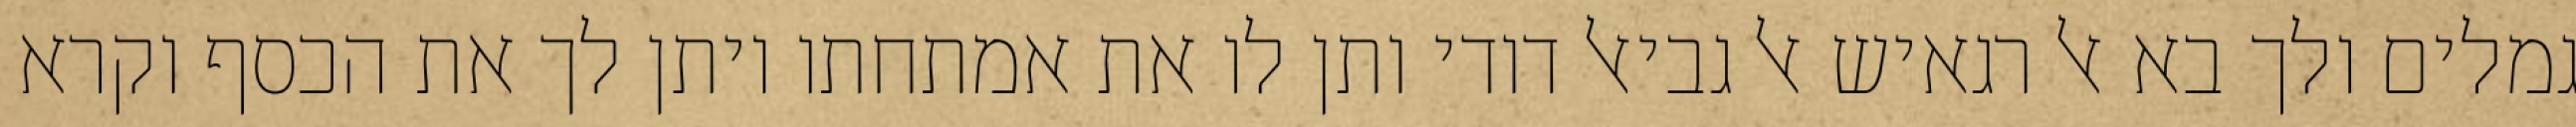
גמלים ולך בא אל רגאיש אל גביאל דודי ותן לו את אמתחתו ויתן לך את הכסף וקרא